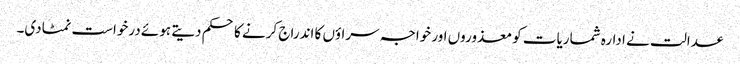
عدالت نے ادارہ شماریات کو معذوروں اور خواجہ سراؤں کا اندراج کرنے کا حکم دیتے ہوئے درخواست نمٹادی۔